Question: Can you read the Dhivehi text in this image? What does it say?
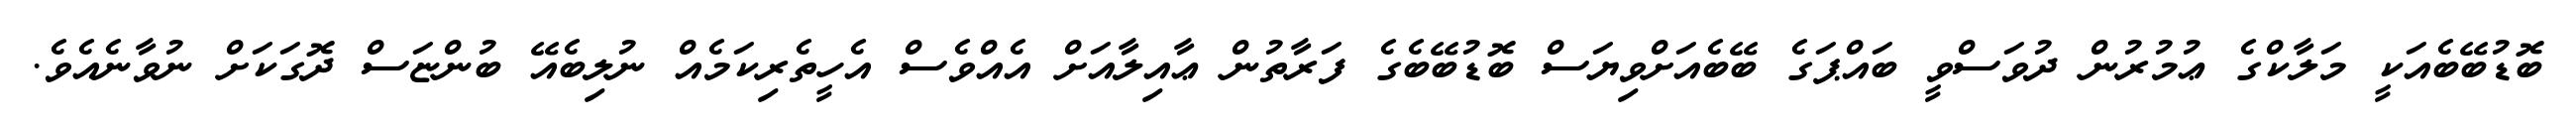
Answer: ބޮޑުބޭބެއަކީ މަލާކްގެ ޢުމުރުން ދުވަސްވީ ބައްޕަގެ ބޭބެއަށްވިޔަސް ބޮޑުބޭބެގެ ފަރާތުން ޢާއިލާއަށް އެއްވެސް އެހީތެރިކަމެއް ނުލިބެއޭ ބުންޏަސް ދޮގަކަށް ނުވާނެއެވެ.